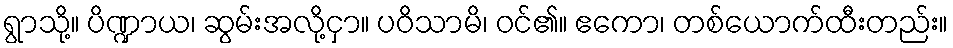
ရွာသို့။ ပိဏ္ဍာယ၊ ဆွမ်းအလို့ငှာ။ ပဝိသာမိ၊ ဝင်၏။ ဧကော၊ တစ်ယောက်ထီးတည်း။